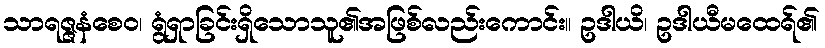
သာရဇ္ဇနံစေဝ၊ ရွံရှာခြင်းရှိသောသူ၏အဖြစ်လည်းကောင်း။ ဥဒါယိ၊ ဥဒါယီမထေရ်၏